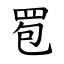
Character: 䍖